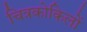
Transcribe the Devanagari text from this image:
चित्रकोकिलों